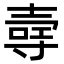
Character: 𪤳